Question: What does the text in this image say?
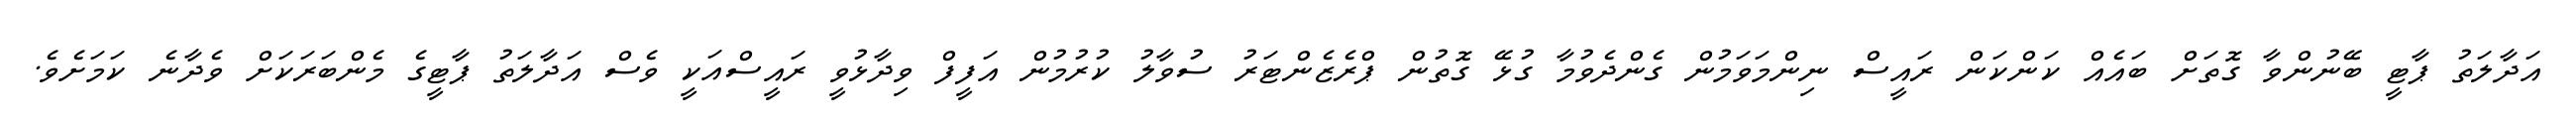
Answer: އަދާލަތު ޕާޓީ ބޭނުންވާ ގޮތަށް ބައެއް ކަންކަން ރައީސް ނިންމަވަމުން ގެންދެވުމާ ގުޅޭ ގޮތުން ޕްރެޒެންޓަރު ސުވާލު ކުރުމުން އަފީފް ވިދާޅުވީ ރައީސްއަކީ ވެސް އަދާލަތު ޕާޓީގެ މެންބަރަކަށް ވެދާނެ ކަމަށެވެ.